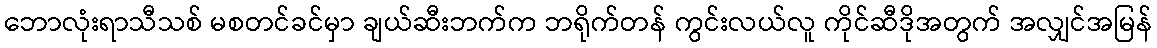
ဘောလုံးရာသီသစ် မစတင်ခင်မှာ ချယ်ဆီးဘက်က ဘရိုက်တန် ကွင်းလယ်လူ ကိုင်ဆီဒိုအတွက် အလျှင်အမြန်